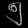
Digit: ၅